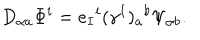
D _ { \alpha a } \Phi ^ { i } = e _ { I } { } ^ { i } ( \gamma ^ { I } ) _ { a } { } ^ { b } \Psi _ { \alpha b } .